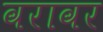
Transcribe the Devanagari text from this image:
वरावर